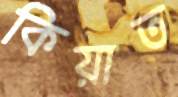
কিয়াত